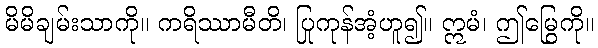
မိမိချမ်းသာကို။ ကရိဿာမီတိ၊ ပြုကုန်အံ့ဟူ၍။ ဣမံ၊ ဤမြွေကို။